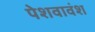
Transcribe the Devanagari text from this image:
पेशवावंश